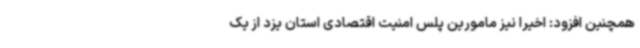
همچنین افزود: اخیراً نیز مامورین پلس امنیت اقتصادی استان یزد از یک